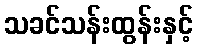
သခင်သန်းထွန်းနှင့်